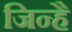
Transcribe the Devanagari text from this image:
जिन्है